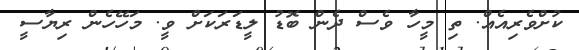
ކުށްވެރިއެއް. ތި މީހާ ވެސް ދެން ބޮޑު ލީޑަރަކަށް ވީ. މަހޭހެން ރިޔާސީ